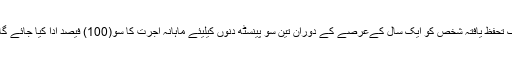
اگر کسی ملازم کو تپ دق یا کینسر /سرطان ہو جائے ، تو ایک تحفظ یافتہ شخص کو ایک سال کےعرصے کے دوران تین سو پینسٹھ دنوں کیلیئے ماہانہ اجرت کا سو(100) فیصد ادا کیا جائے گا (خیبر پختونخواہ اور بلوچستان میں یہ شرح پچاس فیصد ہے)۔